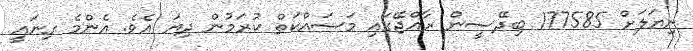
ނިޔަލަށް 177585 ބިދޭސީން ރާއްޖޭގައި މަސައްކަތް ކުރަމުން ދިޔަ އެވެ. އެންމެ ގިނައީ